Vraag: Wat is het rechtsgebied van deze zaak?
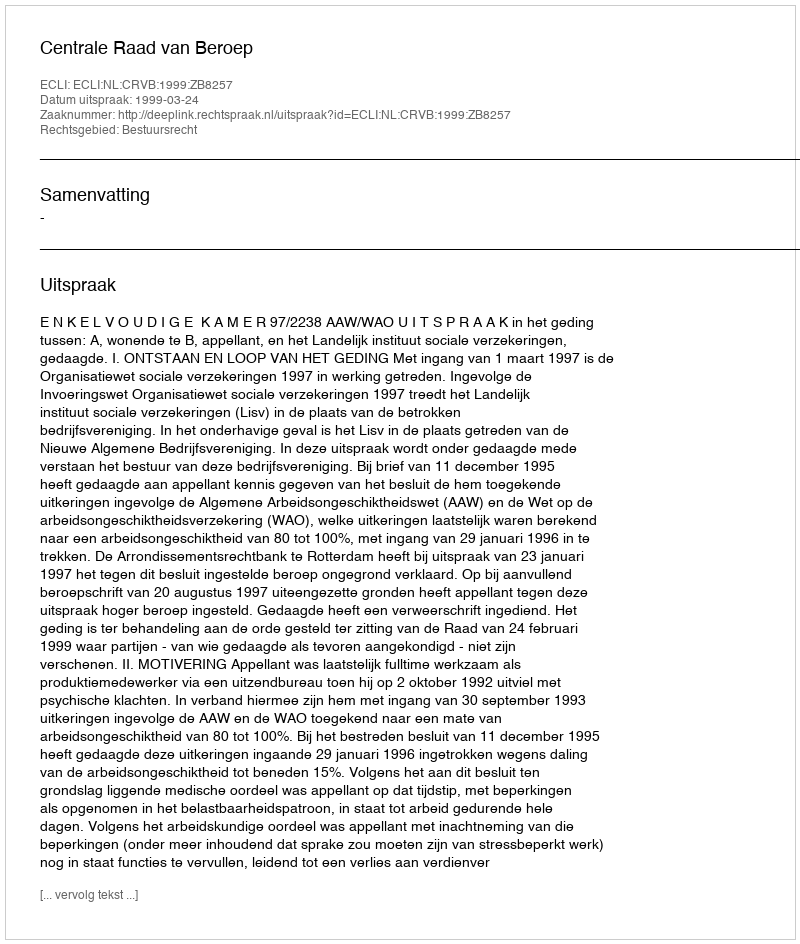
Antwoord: Bestuursrecht